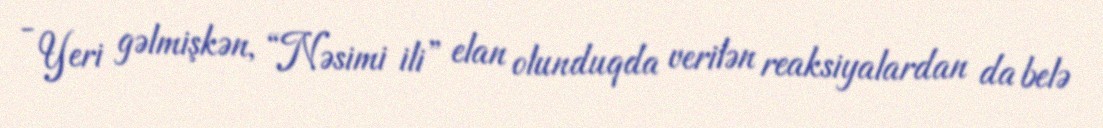
- Yeri gəlmişkən, “Nəsimi ili” elan olunduqda verilən reaksiyalardan da belə